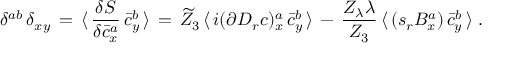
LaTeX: \delta ^ { a b } \, \delta _ { x y } \, = \, \langle \, \frac { \delta S } { \delta \bar { c } _ { x } ^ { a } } \, \bar { c } _ { y } ^ { b } \, \rangle \, = \, \widetilde Z _ { 3 } \, \langle \, i ( \partial D _ { r } c ) _ { x } ^ { a } \, \bar { c } _ { y } ^ { b } \, \rangle \, - \, \frac { Z _ { \lambda } \lambda } { Z _ { 3 } } \, \langle \, ( s _ { r } B _ { x } ^ { a } ) \, \bar { c } _ { y } ^ { b } \, \rangle \; .